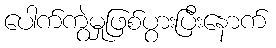
ပေါက်ကွဲမှုဖြစ်ပွားပြီးနောက်